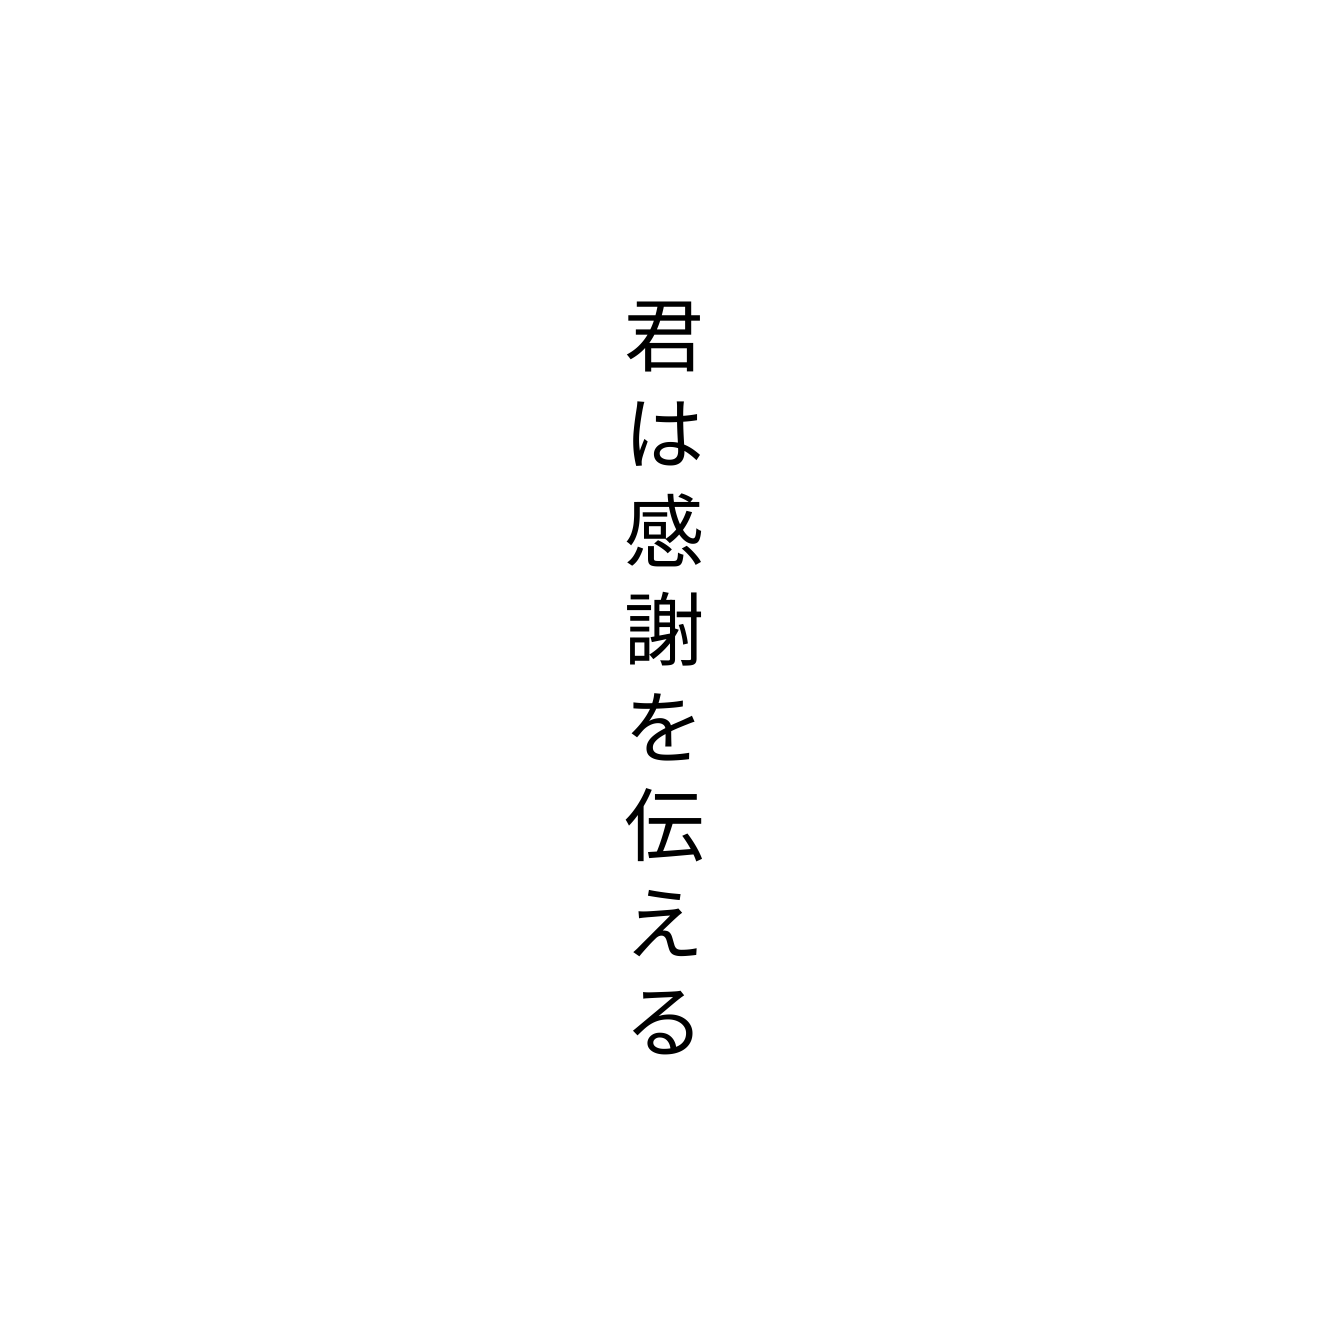
君は感謝を伝える